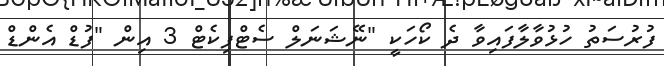
ފުރުސަތު ހުޅުވާލާފައިވާ ދެ ކޯހަކީ "ނޭޝަނަލް ސެޓްފިކެޓް 3 އިން "ފުޑް އެންޑް